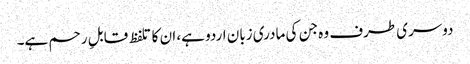
دوسری طرف وہ جن کی مادری زبان اردو ہے، ان کا تلفظ قابلِ رحم ہے۔